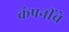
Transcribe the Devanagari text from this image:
कंपनींचे